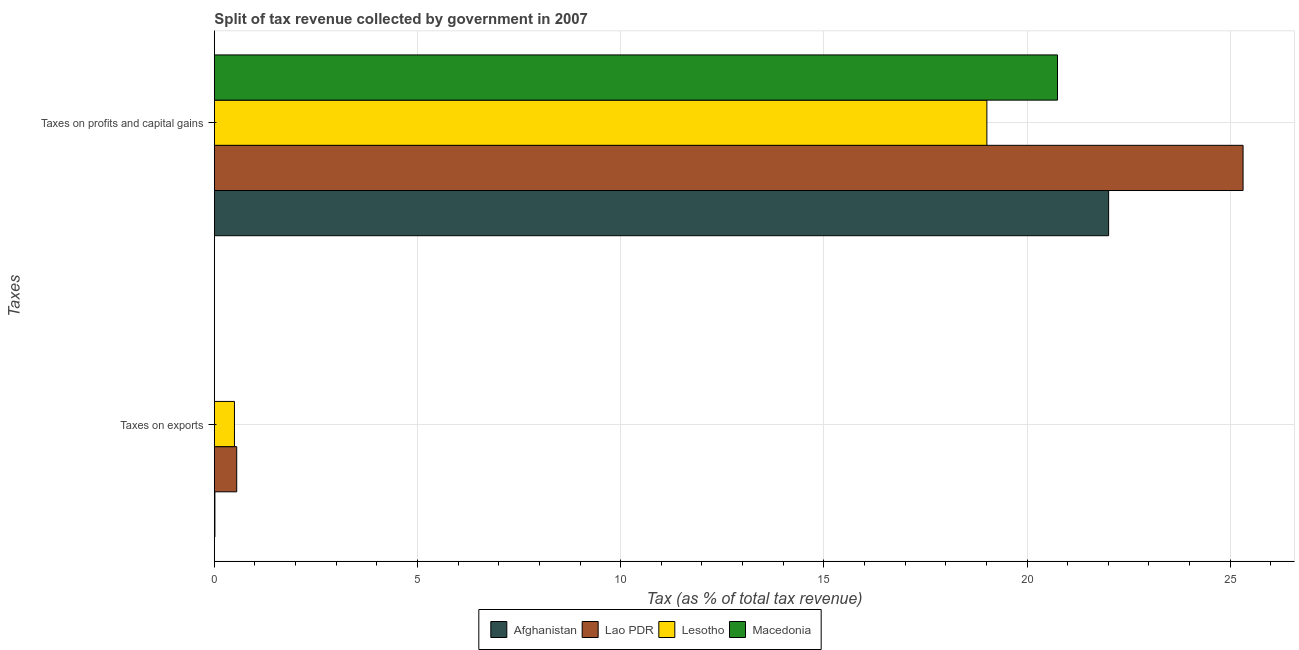
| Taxes | Afghanistan | Lao PDR | Lesotho | Macedonia |
 | --- | --- | --- | --- | --- |
 | Taxes on exports | 0.0137 | 0.55 | 0.495 | 1.84e-05 |
 | Taxes on profits and capital gains | 22 | 25.3 | 19 | 20.8 |